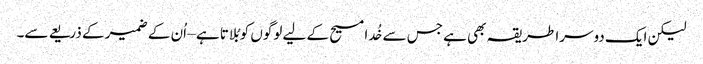
لیکن ایک دوسرا طریقہ بھی ہے جس سے خُدا مسیح کے لیے لوگوں کو بُلاتا ہے – اُن کے ضمیر کے ذریعے سے۔